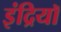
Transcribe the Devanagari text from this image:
इंद्रियॉ